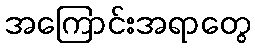
အကြောင်းအရာတွေ